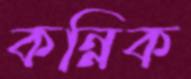
কন্নিক